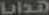
هدايا